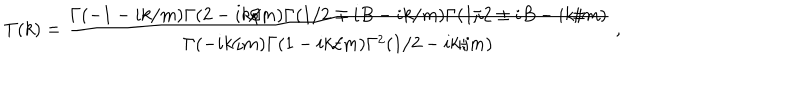
T ( k ) = \frac { \Gamma ( - 1 - i k / m ) \Gamma ( 2 - i k / m ) \Gamma ( 1 / 2 \mp i B - i k / m ) \Gamma ( 1 / 2 \pm i B - i k / m ) } { \Gamma ( - i k / m ) \Gamma ( 1 - i k / m ) \Gamma ^ { 2 } ( 1 / 2 - i k / m ) } \; ,